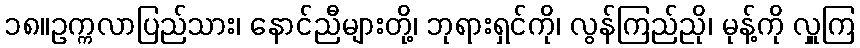
၁၈။ဥက္ကလာပြည်သား၊ နောင်ညီများတို့၊ ဘုရားရှင်ကို၊ လွန်ကြည်ညို၊ မုန့်ကို လှူကြ